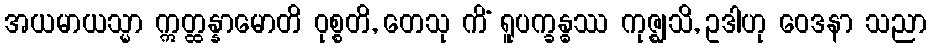
အယမာယသ္မာ ဣတ္ထန္နာမောတိ ဝုစ္စတိ, တေသု ကိံ ရူပက္ခန္ဓဿ ကုဇ္ဈသိ, ဥဒါဟု ဝေဒနာ သညာ